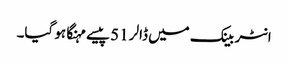
انٹر بینک میں ڈالر 51 پیسے مہنگا ہو گیا۔